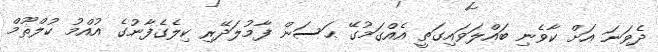
ދެވަނަ އަށް ކާވެނި ބައްލަވައިގަތީ އެއްގަމުގޭ ޙަސަން ފާމުލަދޭރި ކިލެގެފާނުގެ އުއްމު ކުލްޘޫމް